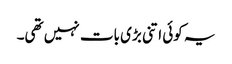
یہ کوئی اتنی بڑی بات نہیں تھی۔